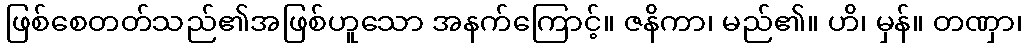
ဖြစ်စေတတ်သည်၏အဖြစ်ဟူသော အနက်ကြောင့်။ ဇနိကာ၊ မည်၏။ ဟိ၊ မှန်။ တဏှာ၊